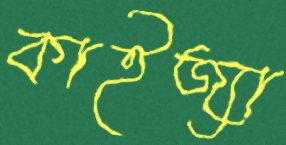
কাইজ্যা